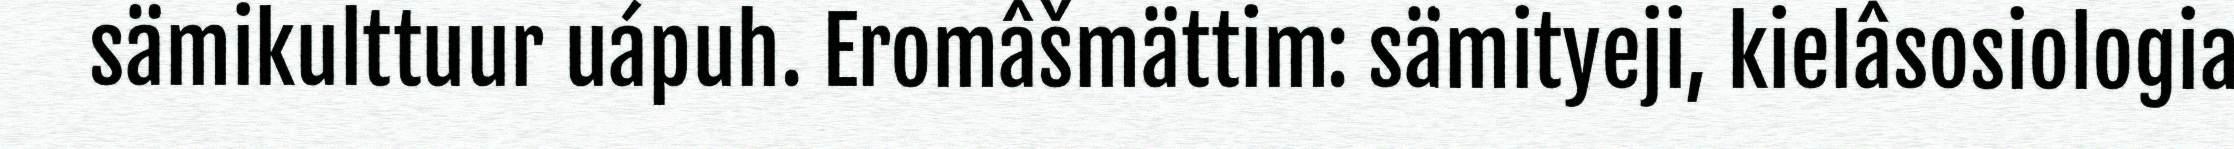
sämikulttuur uápuh. Eromâšmättim: sämityeji, kielâsosiologia